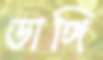
ডাঙ্গি